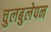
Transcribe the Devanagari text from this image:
चुलबुलेपन